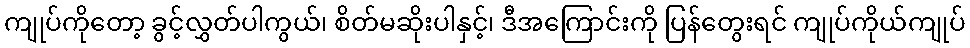
ကျုပ်ကိုတော့ ခွင့်လွှတ်ပါကွယ်၊ စိတ်မဆိုးပါနှင့်၊ ဒီအကြောင်းကို ပြန်တွေးရင် ကျုပ်ကိုယ်ကျုပ်